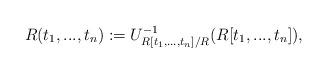
LaTeX: \begin{align*}R(t_1, ..., t_n) := U_{R[t_1, ..., t_n]/R}^{-1}(R [t_1, ..., t_n]), \end{align*}